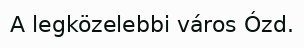
A legközelebbi város Ózd.